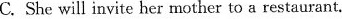
C. She will invite her mother to a restaurant.